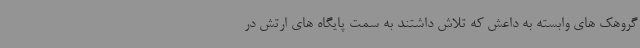
گروهک های وابسته به داعش که تلاش داشتند به سمت پایگاه های ارتش در